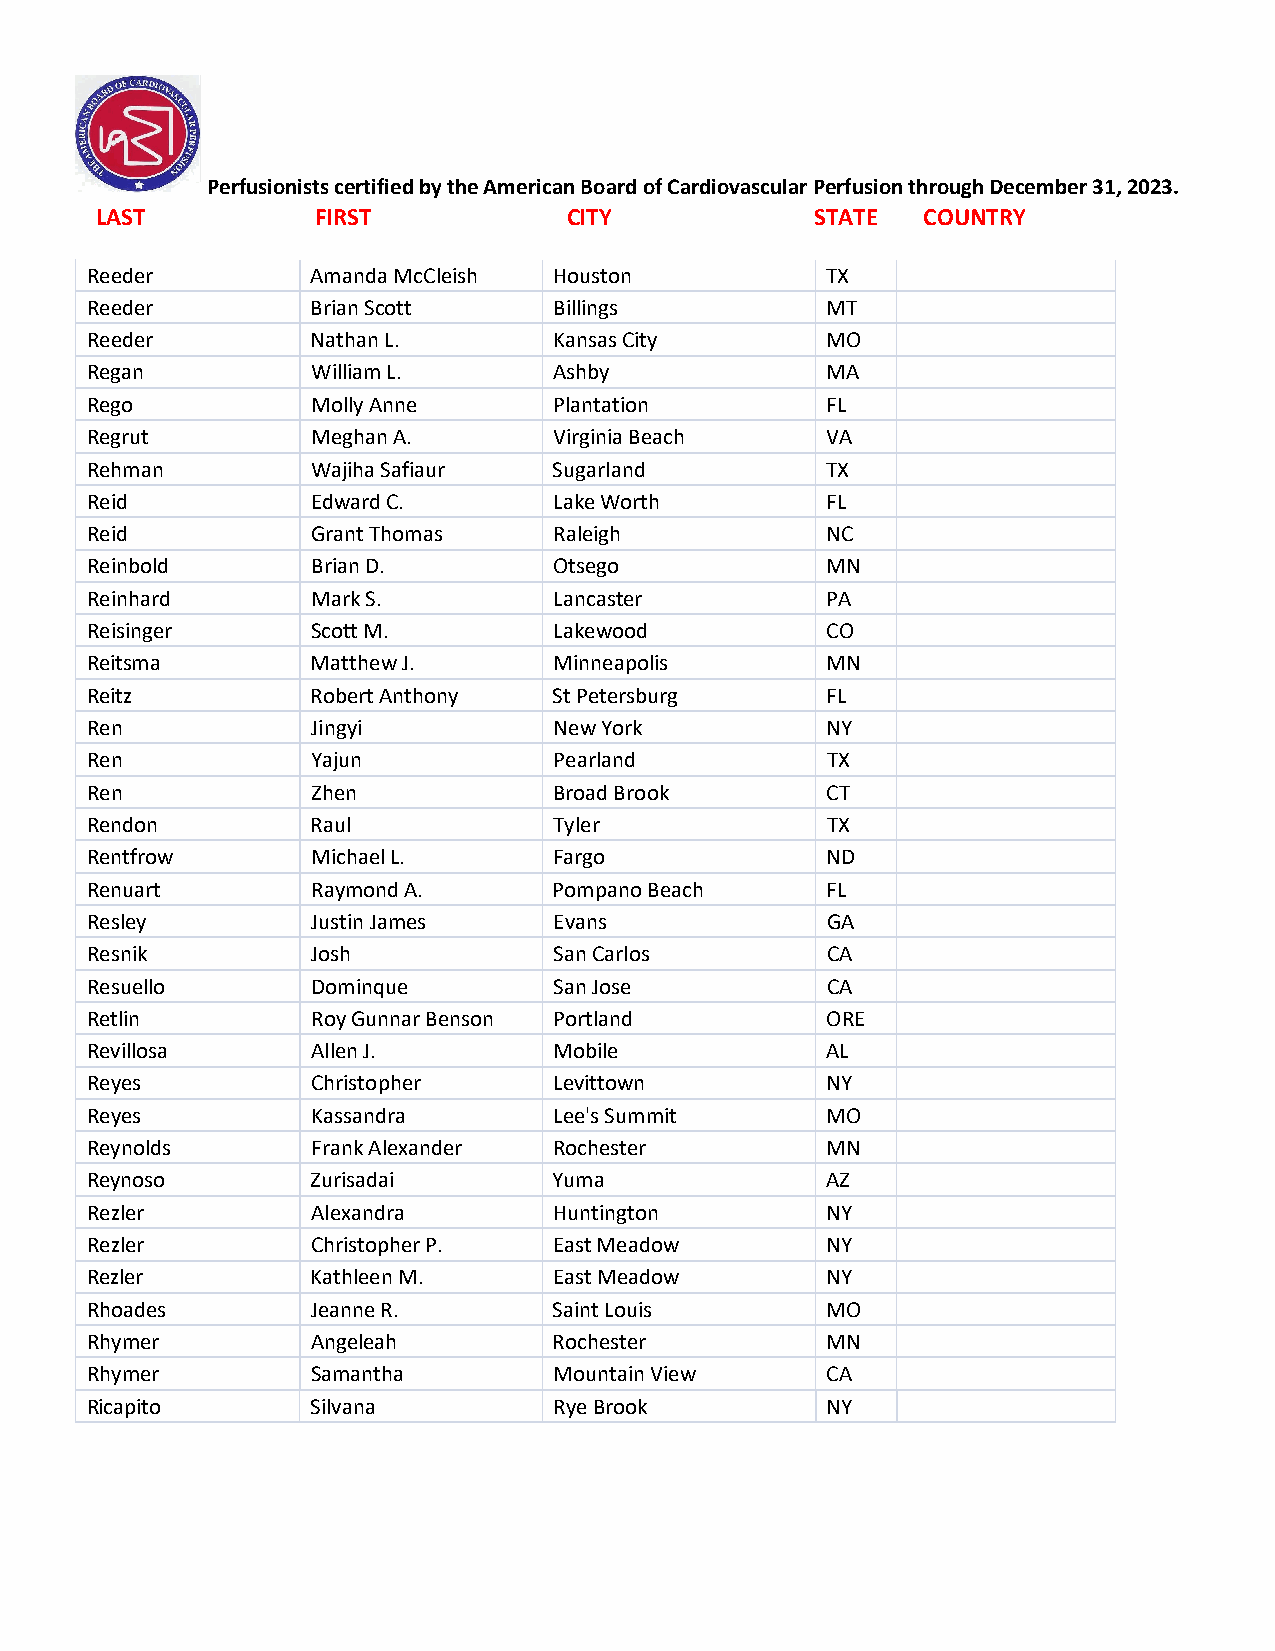
Perfusionists certified by the American Board of Cardiovascular Perfusion through December 31, 2023.
 LAST           FIRST            CITY            STATE  COUNTRY
 Reeder         Amanda McCleish Houston           TX
 Reeder         Brian Scott     Billings          MT
 Reeder         Nathan L.       Kansas City       MO
 Regan          William L.      Ashby             MA
 Rego           Molly Anne      Plantation        FL
 Regrut         Meghan A.       Virginia Beach    VA
 Rehman         Wajiha Safiaur  Sugarland         TX
 Reid           Edward C.       Lake Worth        FL
 Reid           Grant Thomas    Raleigh           NC
 Reinbold       Brian D.        Otsego            MN
 Reinhard       Mark S.         Lancaster         PA
 Reisinger      Scott M.        Lakewood          CO
 Reitsma        Matthew J.      Minneapolis       MN
 Reitz          Robert Anthony  St Petersburg     FL
 Ren            Jingyi          New York          NY
 Ren            Yajun           Pearland          TX
 Ren            Zhen            Broad Brook       CT
 Rendon         Raul            Tyler             TX
 Rentfrow       Michael L.      Fargo             ND
 Renuart        Raymond A.      Pompano Beach     FL
 Resley         Justin James    Evans             GA
 Resnik         Josh            San Carlos        CA
 Resuello       Dominque        San Jose          CA
 Retlin         Roy Gunnar Benson Portland        ORE
 Revillosa      Allen J.        Mobile            AL
 Reyes          Christopher     Levittown         NY
 Reyes          Kassandra       Lee's Summit      MO
 Reynolds       Frank Alexander Rochester         MN
 Reynoso        Zurisadai       Yuma              AZ
 Rezler         Alexandra       Huntington        NY
 Rezler         Christopher P.  East Meadow       NY
 Rezler         Kathleen M.     East Meadow       NY
 Rhoades        Jeanne R.       Saint Louis       MO
 Rhymer         Angeleah        Rochester         MN
 Rhymer         Samantha        Mountain View     CA
 Ricapito       Silvana         Rye Brook         NY